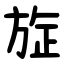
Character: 㫌